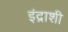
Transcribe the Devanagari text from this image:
इंद्राशी